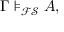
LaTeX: \Gamma \models _ { \mathcal { F S } } A ,